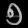
Digit: ၅